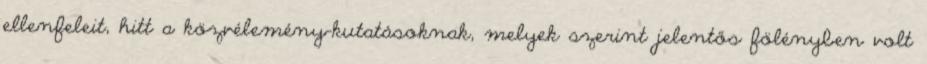
ellenfeleit, hitt a közvélemény-kutatásoknak, melyek szerint jelentős fölényben volt